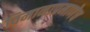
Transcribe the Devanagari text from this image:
विमानाप्रमाणेच